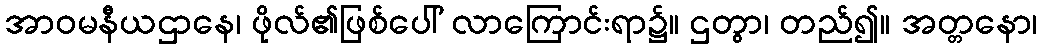
အာဝမနီယဌာနေ၊ ဖိုလ်၏ဖြစ်ပေါ် လာကြောင်းရာ၌။ ဌတွာ၊ တည်၍။ အတ္တနော၊